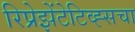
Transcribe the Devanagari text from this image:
रिप्रेझेंटेटिव्ह्सचा